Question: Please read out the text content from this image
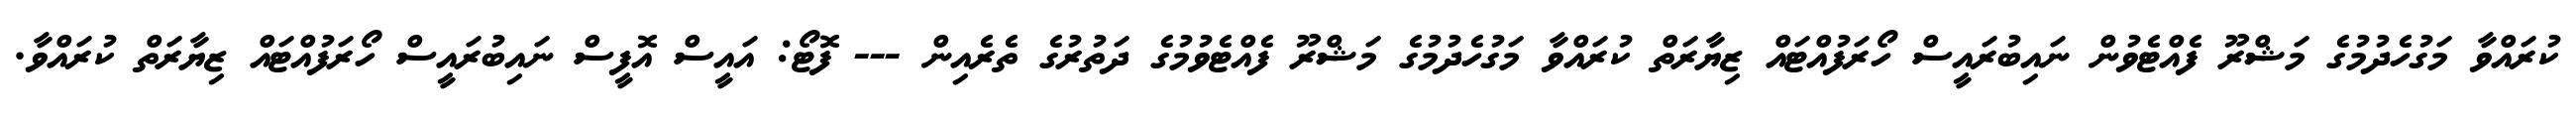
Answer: ކުރައްވާ މަގުހެދުމުގެ މަޝްރޫ ފެއްޓެވުން ނައިބުރައީސް ހޯރަފުއްޓައް ޒިޔާރަތް ކުރައްވާ މަގުހެދުމުގެ މަޝްރޫ ފެއްޓެވުމުގެ ދަތުރުގެ ތެރެއިން --- ފޮޓޯ: އައީސް އޮފީސް ނައިބުރައީސް ހޯރަފުއްޓައް ޒިޔާރަތް ކުރައްވާ.